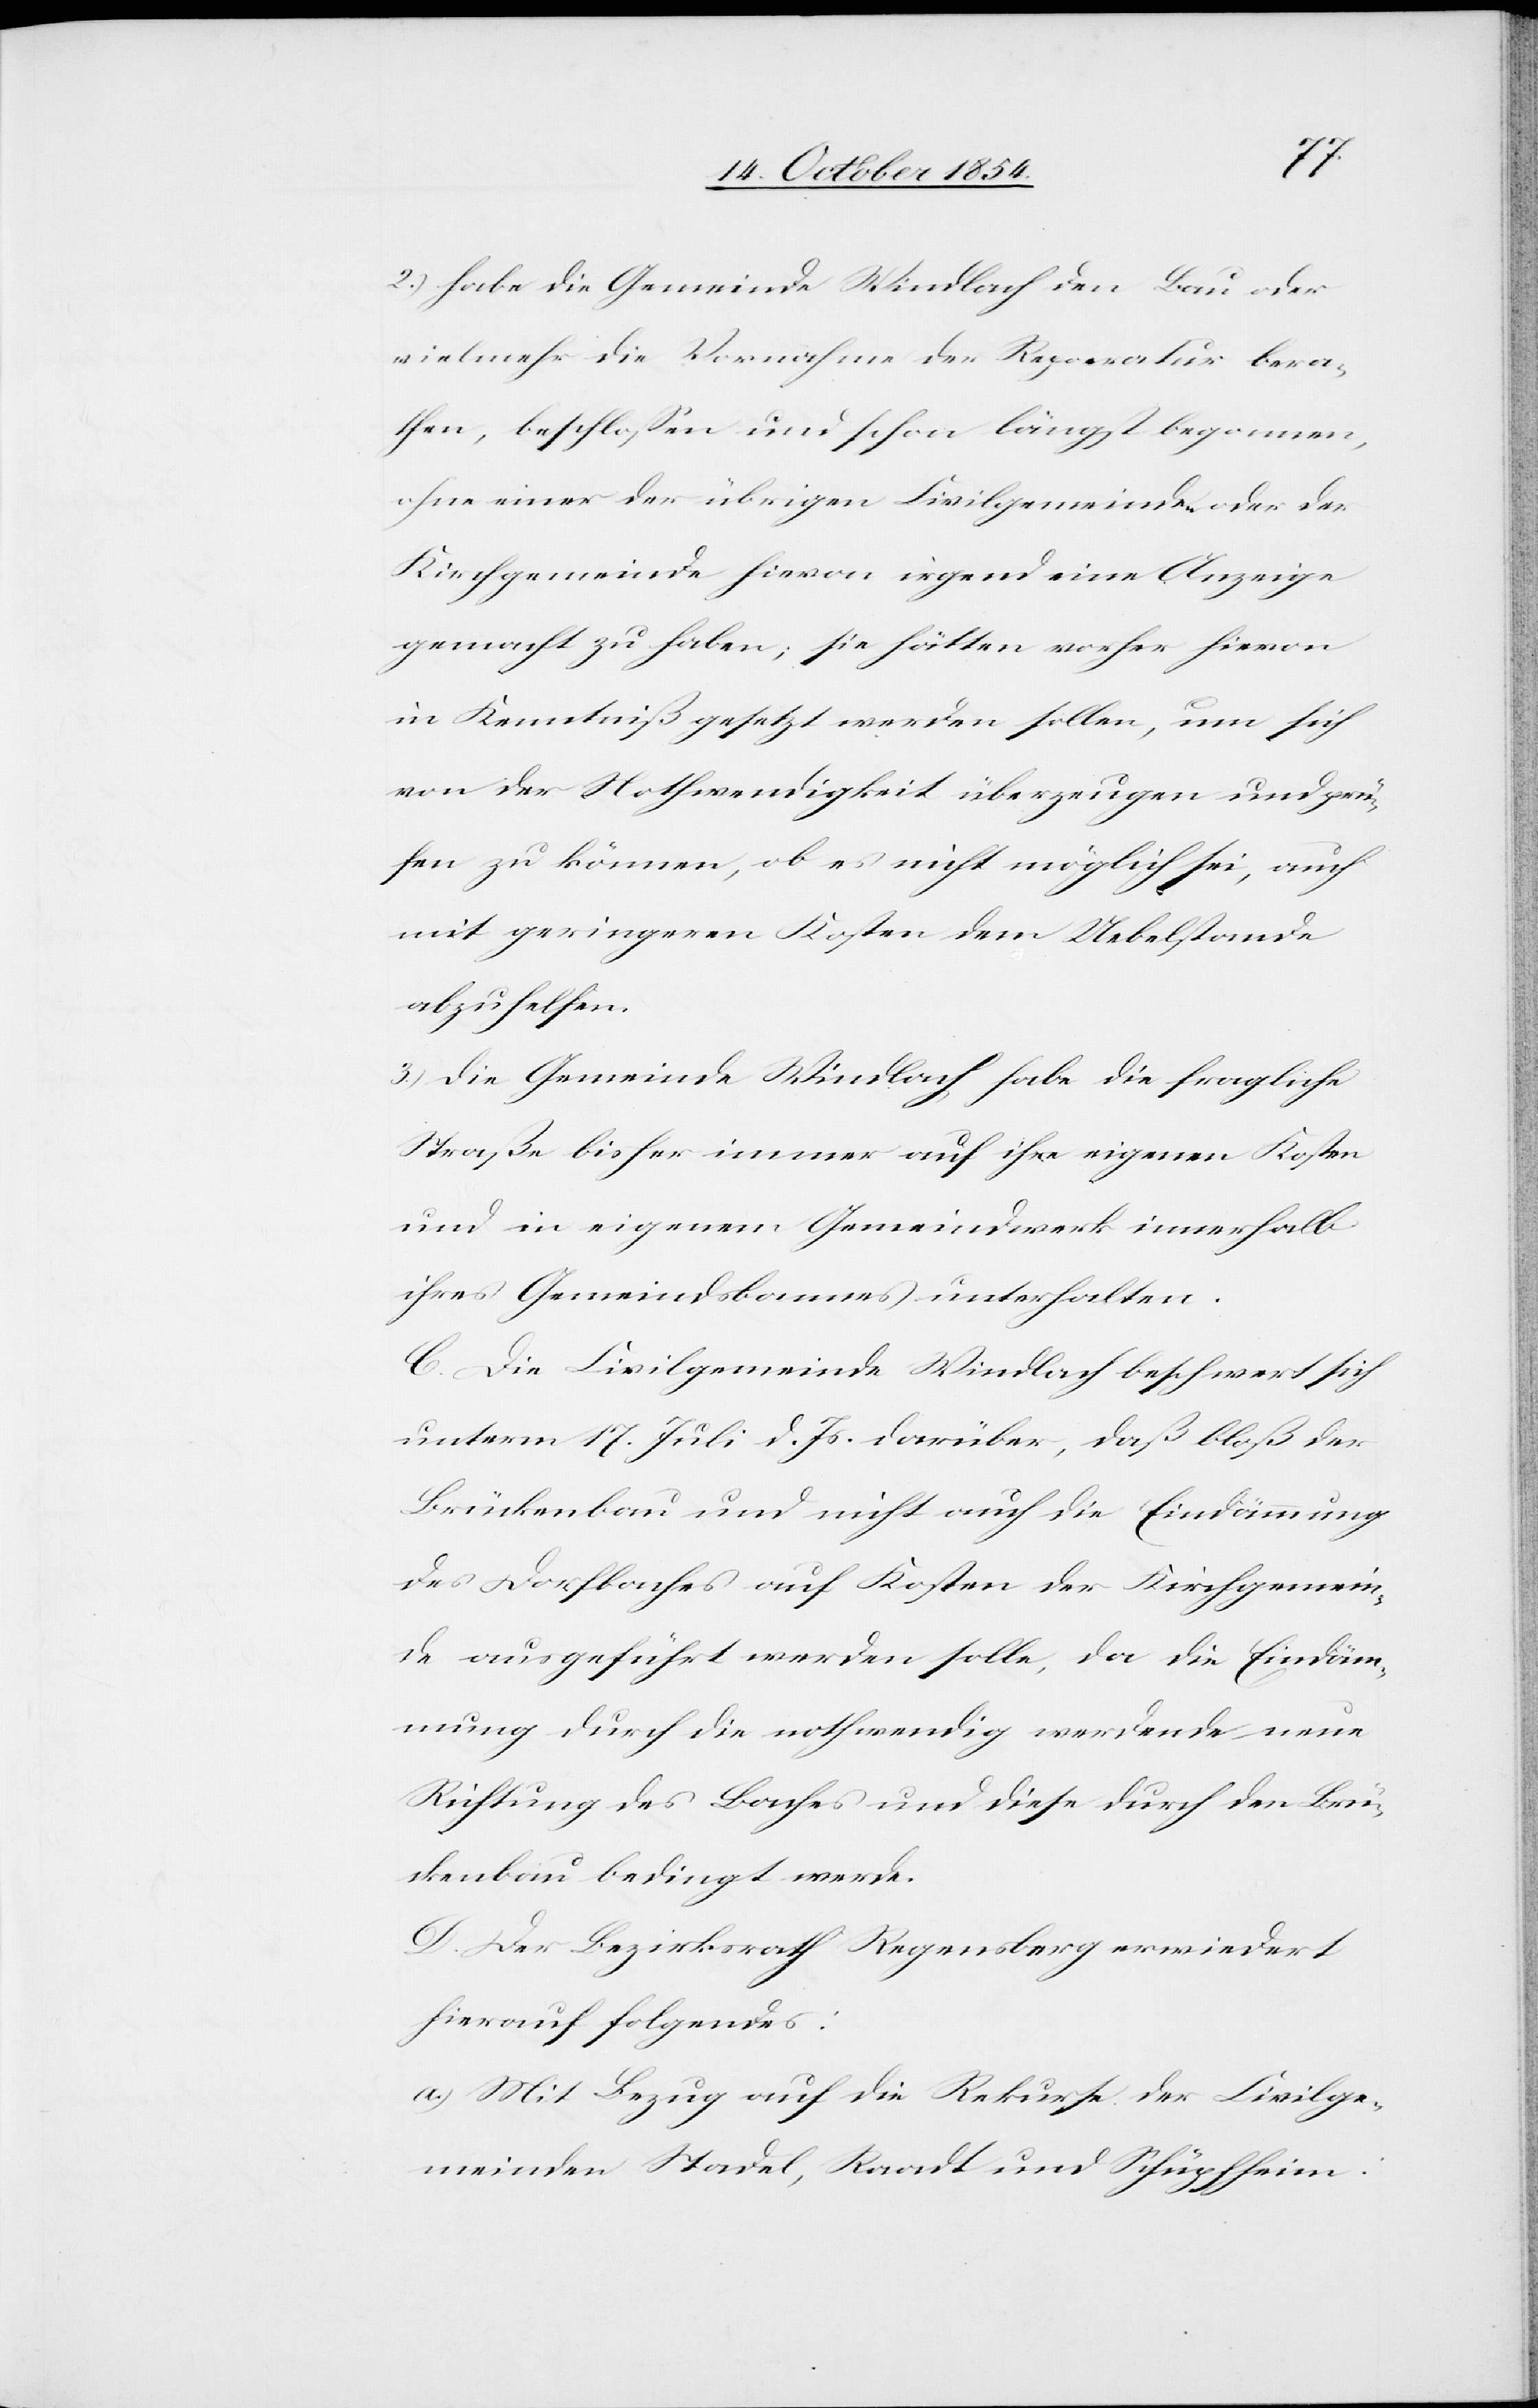
2.) habe die Gemeinde Windlach den Bau oder
vielmehr die Vornahme der Reparatur bera¬
then, beschloßen und schon längst begonnen,
ohne einer der übrigen Civilgemeinden oder der
Kirchgemeinde hievon irgend eine Anzeige
gemacht zu haben; sie hätten vorher hievon
in Kenntniß gesetzt werden sollen, um sich
von der Nothwendigkeit überzeugen und prü¬
fen zu können, ob es nicht möglich sei, auch
mit geringeren Kosten dem Uebelstande
abzuhelfen.
3.) die Gemeinde Windlach habe die fragliche
Straße bisher immer auf ihre eigenen Kosten
und in eigenem Gemeindwerk innerhalb
ihres Gemeindsbannes unterhalten.
C. Die Civilgemeinde Windlach beschwert sich
unterm 17. Juli d. Js. darüber, daß bloß der
Brückenbau und nicht auch die Eindämmung
des Dorfbaches auf Kosten der Kirchgemein¬
de ausgeführt werden solle, da die Eindäm¬
mung durch die nothwendig werdende neue
Richtung des Baches und diese durch den Brü¬
ckenbau bedingt werde.
D. Der Bezirksrath Regensberg erwiedert
hierauf folgendes:
a.) Mit Bezug auf die Rekurse der Civilge¬
meinden Stadel, Raadt und Schüpfheim: